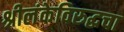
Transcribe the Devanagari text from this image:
श्रीलंकेविरुद्धचा